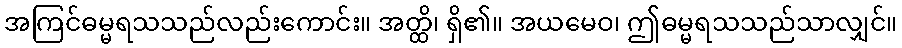
အကြင်ဓမ္မရသသည်လည်းကောင်း။ အတ္ထိ၊ ရှိ၏။ အယမေဝ၊ ဤဓမ္မရသသည်သာလျှင်။